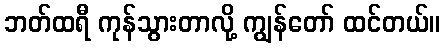
ဘတ်ထရီ ကုန်သွားတာလို့ ကျွန်တော် ထင်တယ်။